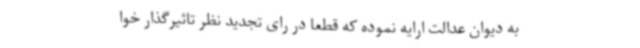
به دیوان عدالت ارایه نموده که قطعا در رای تجدید نظر تاثیرگذار خوا